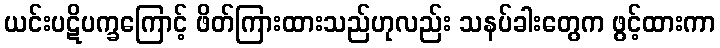
ယင်းပဋိပက္ခကြောင့် ဖိတ်ကြားထားသည်ဟုလည်း သနပ်ခါးတွေက ဖွင့်ထားကာ